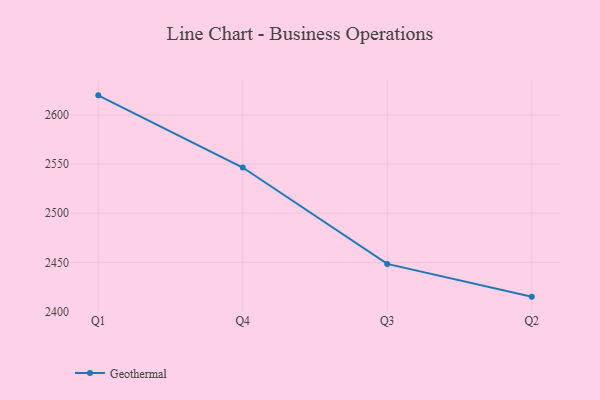
{"axis": {"x": "Quarter", "y": "Conversion Rate (%)"}, "legend": ["Geothermal"], "data": [{"x": "Q1", "y": 2619.9, "type": "Geothermal"}, {"x": "Q4", "y": 2546.5, "type": "Geothermal"}, {"x": "Q3", "y": 2448.4, "type": "Geothermal"}, {"x": "Q2", "y": 2415.1, "type": "Geothermal"}]}